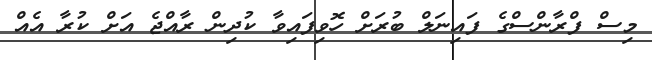
މިސް ފްރާންސްގެ ފައިނަލް ބުރަށް ހޮވިފައިވާ ކުދިން ރާއްޖެ އަށް ކުރާ އެއް